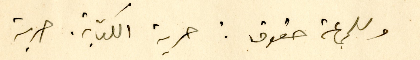
وللجماعة حقوق : حرية الكتابة. حرية